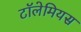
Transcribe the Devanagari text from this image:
टॉलेमियस